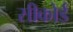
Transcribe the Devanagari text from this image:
सीकोर्ड